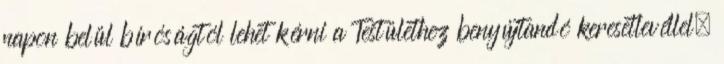
napon belül bíróságtól lehet kérni a Testülethez benyújtandó keresetlevéllel.